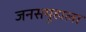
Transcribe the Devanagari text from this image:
जनसमूहाला